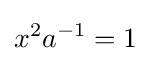
x^{2}a^{-1}=1\